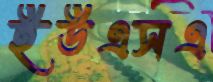
ইউএসএ